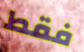
فقط